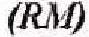
(RM)